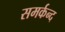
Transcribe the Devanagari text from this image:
समर्कन्द